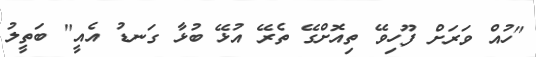
"ހުއް ވަރަށް ފޫހިވޭ ތިއޮށްގޭ ތެރޭ އުޅޭ ބުޅާ ގަނޑު އެއީ" ބަތީލު